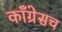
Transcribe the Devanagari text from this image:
काँग्रेसच